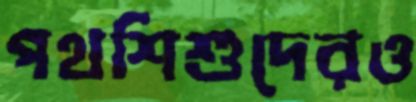
পথশিশুদেরও